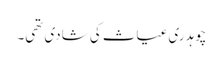
چوہدری غیاث کی شادی تھی۔